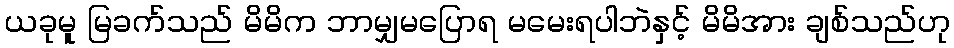
ယခုမူ မြခက်သည် မိမိက ဘာမျှမပြောရ မမေးရပါဘဲနှင့် မိမိအား ချစ်သည်ဟု